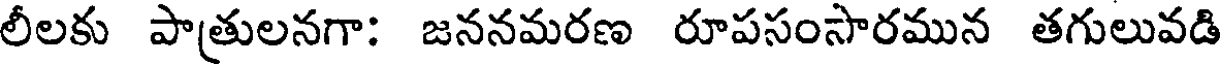
లీలకు పాత్రులనగా: జననమరణ రూపసంసారమున తగులువడి